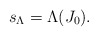
\begin{align*}s_\Lambda=\Lambda(J_0).\end{align*}